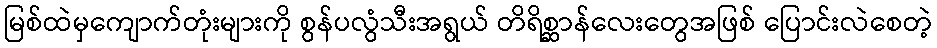
မြစ်ထဲမှကျောက်တုံးများကို စွန်ပလွံသီးအရွယ် တိရိစ္ဆာန်လေးတွေအဖြစ် ပြောင်းလဲစေတဲ့